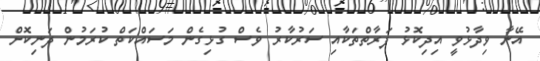
އޭނާ ވިދާޅުވީ އިދިކޮޅު ފަރާތްތަކާއި ސަރުކާރު ވެސް ގުޅިގެން މަސައްކަތް ކުރަމުން ދަނިކޮށް